Training of teachers. Junior students, 1910
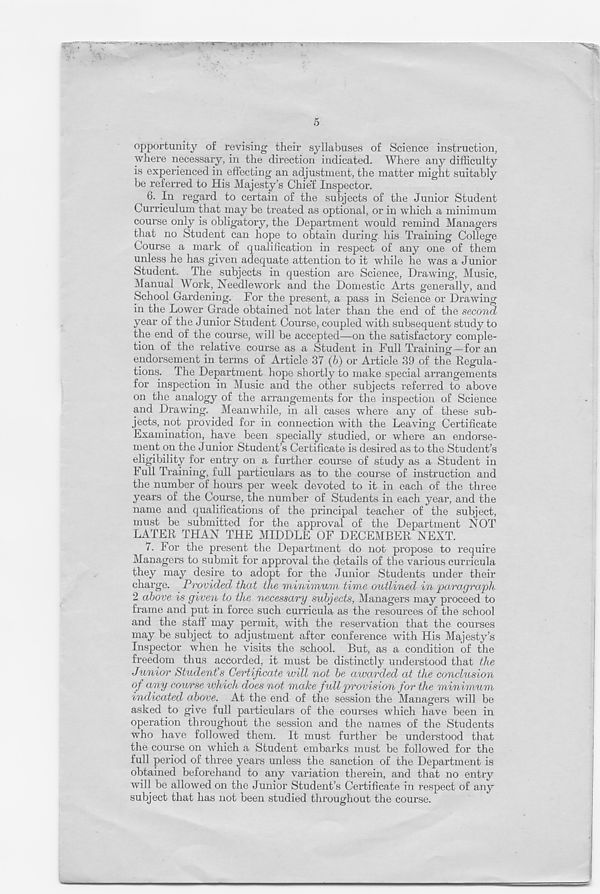
5
opportunity of revising their syllabuses of Science instruction,
where necessary, in the direction indicated. Where any difficulty
is experienced in effecting an adjustment, the matter might suitably
be referred to His Majesty’s Chief Inspector.
6. In regard to certain of the subjects of the Junior Student
Curriculum that may be treated as optional, or in which a minimum
course only is obligatory, the Department would remind Managers
that no Student can hope to obtain during his Training College
Course a mark of qualification in respect of any one of them
unless he has given adequate attention to it while he was a Junior
Student. The subjects in question are Science, Drawing, Music,
Manual Work, Needlework and the Domestic Arts generally, and
School Gardening. For the present, a pass in Science or Drawing
in the Lower Grade obtained not later than the end of the second
year of the Junior Student Course, coupled with subsequent study to
the end of the course, will be accepted—on the satisfactory comple-
tion of the relative course as a Student in Full Training—for an
endorsement in terms of Article 37 (b) or Article 39 of the Regula-
tions. The Department hope shortly to make special arrangements
for inspection in Music and the other subjects referred to above
on the analogy of the arrangements for the inspection of Science
and Drawing. Meanwhile, in all cases where any of these sub-
jects, not provided for in connection with the Leaving Certificate
Examination, have been specially studied, or where an endorse-
ment on the Junior Student’s Certificate is desired as to the Student’s
eligibility for entry on a further course of study as a Student in
1 ull Training, full particulars as to the course of instruction and
the number of hours per week devoted to it in each of the three
years of the Course, the number of Students in each year, and the
name and qualifications of the principal teacher of the subject,
must be submitted for the approval of the Department NOT
LATER THAN THE MIDDLE OF DECEMBER NEXT.
7. lor the present the Department do not propose to require
Managers to submit for approval the details of the various curricula
they may desire to adopt for the Junior Students under their
charge. Provided that the minimum time outlined in paragraph
2 above is given to the necessary subjects, Managers may proceed to
frame and put in force such curricula as the resources of the school
and the staff may permit, with the reservation that the courses
may be subject to adjustment after conference with His Majesty’s
Inspector when he visits the school. But, as a condition of the
freedom thus accorded, it must be distinctly understood that the
Junior Student’s Certificate will not be awarded at the conclusion
of any course vdtich does not make full provision for the minimum
indicated above. At the end of the session the Managers will be
asked to give full particulars of the courses which have been in
operation throughout the session and the names of the Students
who have followed them. It must further be understood that
the course on which a Student embarks must be followed for the
full period of three years unless the sanction of the Department is
obtained beforehand to any variation therein, and that no entry
will be allow ed on the J unior Student’s Certificate in respect of any
subject that has not been studied throughout the course.